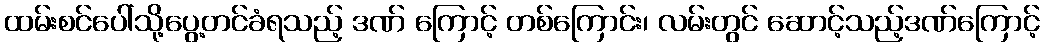
ထမ်းစင်ပေါ်သို့ပွေ့တင်ခံရသည့် ဒဏ် ကြောင့် တစ်ကြောင်း၊ လမ်းတွင် ဆောင့်သည့်ဒဏ်ကြောင့်